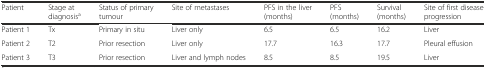
<table><thead><tr><td><b>Patient</b></td><td><b>Stage at diagnosis<sup>a</sup></b></td><td><b>Status of primary tumour</b></td><td><b>Site of metastases</b></td><td><b>PFS in the liver (months)</b></td><td><b>PFS (months)</b></td><td><b>Survival (months)</b></td><td><b>Site of first disease progression</b></td></tr></thead><tbody><tr><td>Patient 1</td><td>Tx</td><td>Primary in situ</td><td>Liver only</td><td>6.5</td><td>6.5</td><td>16.2</td><td>Liver</td></tr><tr><td>Patient 2</td><td>T2</td><td>Prior resection</td><td>Liver only</td><td>17.7</td><td>16.3</td><td>17.7</td><td>Pleural effusion</td></tr><tr><td>Patient 3</td><td>T3</td><td>Prior resection</td><td>Liver and lymph nodes</td><td>8.5</td><td>8.5</td><td>19.5</td><td>Liver</td></tr></tbody></table>